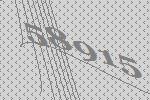
58915